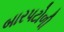
બારપટોળી